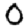
Digit: 0